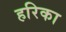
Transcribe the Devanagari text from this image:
हरिका